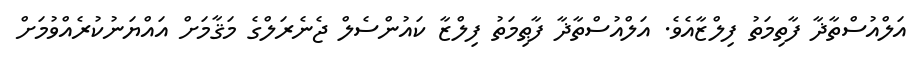
އަލްއުސްތާޛާ ފާތިމަތު ފިލްޒާއެވެ. އަލްއުސްތާޛާ ފާޠިމަތު ފިލްޒާ ކައުންސެލް ޖެނެރަލްގެ މަޤާމަށް އައްޔަނުކުރެއްވުމަށް